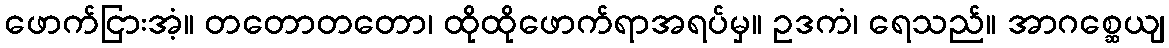
ဖောက်ငြားအံ့။ တတောတတော၊ ထိုထိုဖောက်ရာအရပ်မှ။ ဥဒကံ၊ ရေသည်။ အာဂစ္ဆေယျ